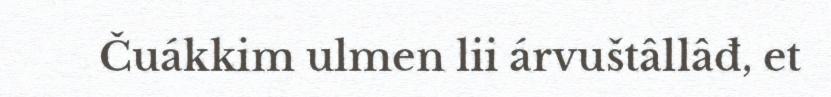
Čuákkim ulmen lii árvuštâllâđ, et